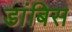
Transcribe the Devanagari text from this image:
डांबिस